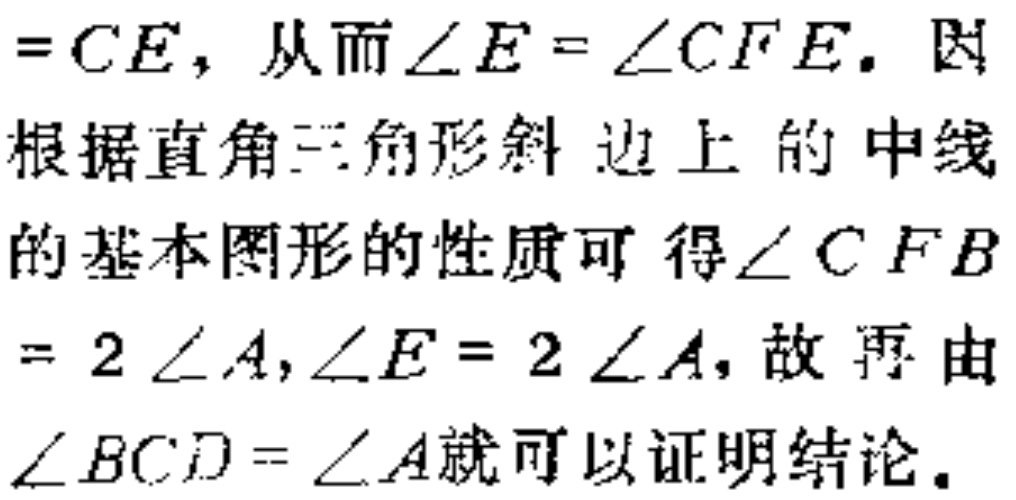
$=CE，从而\angle E = \angle CFE. 因$

$根据直角三角形斜边上的中线$

$的基本图形的性质可得\angle CFB$

$= 2\angle A,\angle E = 2\angle A,故再由$

$\angle BCD=\angle A就可以证明结论.$